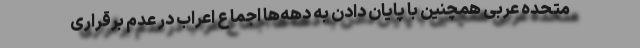
متحده عربی همچنین با پایان دادن به دهه‌ها اجماع اعراب در عدم برقراری